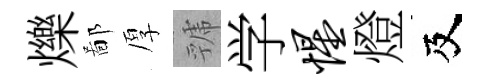
爍鄙厚虢学惺燈及